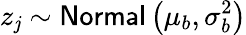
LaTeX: z_{\mathit{j}}\sim\mathsf{{Normal}}\left(\mu_{b},\sigma_{b}^{2}\right)